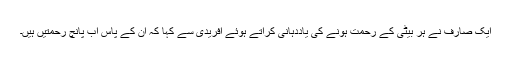
ایک صارف نے ہر بیٹی کے رحمت ہونے کی یاددہانی کراتے ہوئے آفریدی سے کہا کہ ان کے پاس اب پانچ رحمتیں ہیں۔